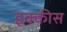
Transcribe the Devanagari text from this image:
इक्‍कीस